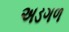
અડગળ